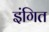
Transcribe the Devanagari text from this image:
इंगित